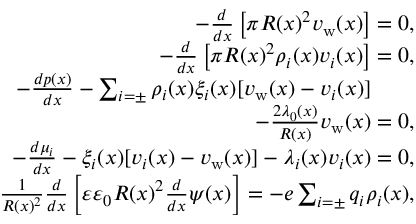
\begin{array} { r l r } { - \frac { d } { d x } \left[ \pi R ( x ) ^ { 2 } v _ { \mathrm { w } } ( x ) \right] = 0 , } & { } & \\ { - \frac { d } { d x } \left[ \pi R ( x ) ^ { 2 } \rho _ { i } ( x ) v _ { i } ( x ) \right] = 0 , } & { } & \\ { - \frac { d p ( x ) } { d x } - \sum _ { i = \pm } \rho _ { i } ( x ) \xi _ { i } ( x ) [ v _ { \mathrm { w } } ( x ) - v _ { i } ( x ) ] \qquad } & { } & \\ { - \frac { 2 \lambda _ { 0 } ( x ) } { R ( x ) } v _ { \mathrm { w } } ( x ) = 0 , } & { } & \\ { - \frac { d \mu _ { i } } { d x } - \xi _ { i } ( x ) [ v _ { i } ( x ) - v _ { \mathrm { w } } ( x ) ] - \lambda _ { i } ( x ) v _ { i } ( x ) = 0 , } & { } & \\ { \frac { 1 } { R ( x ) ^ { 2 } } \frac { d } { d x } \left[ \varepsilon \varepsilon _ { 0 } R ( x ) ^ { 2 } \frac { d } { d x } \psi ( x ) \right] = - e \sum _ { i = \pm } q _ { i } \rho _ { i } ( x ) , } & { } & \end{array}